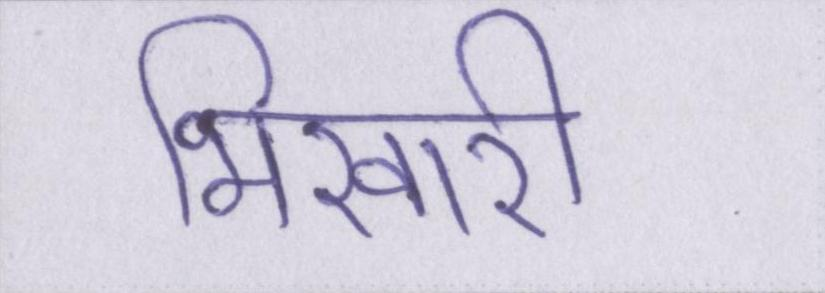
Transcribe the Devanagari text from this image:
भिखारी